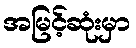
အမြင့်ဆုံးမှာ